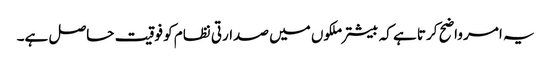
یہ امر واضح کرتا ہے کہ بیشتر ملکوں میں صدارتی نظام کو فوقیت حاصل ہے۔